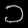
Digit: ၁